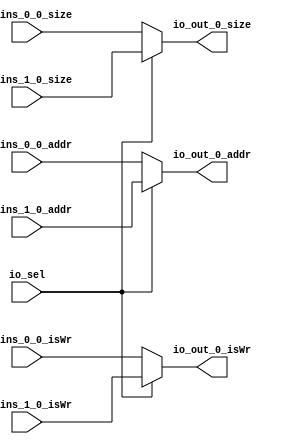
module MuxVec(
  input  [63:0] io_ins_0_0_addr,
  input         io_ins_0_0_isWr,
  input  [15:0] io_ins_0_0_size,
  input  [63:0] io_ins_1_0_addr,
  input         io_ins_1_0_isWr,
  input  [15:0] io_ins_1_0_size,
  input         io_sel,
  output [63:0] io_out_0_addr,
  output        io_out_0_isWr,
  output [15:0] io_out_0_size
);
  wire [15:0] _GEN_0_0_size;
  wire [63:0] _GEN_4;
  wire  _GEN_5;
  wire [15:0] _GEN_7;
  wire  _GEN_2_0_isWr;
  wire [63:0] _GEN_3_0_addr;
  assign _GEN_4 = io_sel ? io_ins_1_0_addr : io_ins_0_0_addr;
  assign _GEN_5 = io_sel ? io_ins_1_0_isWr : io_ins_0_0_isWr;
  assign _GEN_7 = io_sel ? io_ins_1_0_size : io_ins_0_0_size;
  assign io_out_0_addr = _GEN_3_0_addr;
  assign io_out_0_isWr = _GEN_2_0_isWr;
  assign io_out_0_size = _GEN_0_0_size;
  assign _GEN_0_0_size = _GEN_7;
  assign _GEN_2_0_isWr = _GEN_5;
  assign _GEN_3_0_addr = _GEN_4;
endmodule